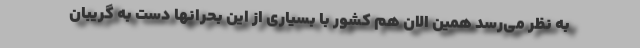
به نظر می‌رسد همین الان هم کشور با بسیاری از این بحرانها دست به گریبان